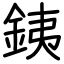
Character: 銕